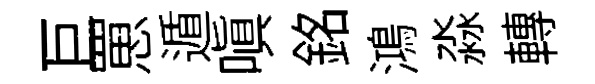
巨罳遁嗔銘鴻淼轉